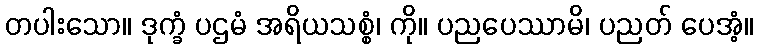
တပါးသော။ ဒုက္ခံ ပဌမံ အရိယသစ္စံ၊ ကို။ ပညပေဿာမိ၊ ပညတ် ပေအံ့။